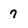
Character: 7